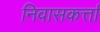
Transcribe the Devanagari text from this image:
निवासकर्त्ता